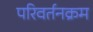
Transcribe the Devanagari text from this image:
परिवर्तनक्रम